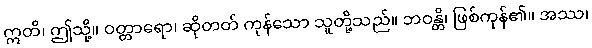
ဣတိ၊ ဤသို့။ ဝတ္တာရော၊ ဆိုတတ် ကုန်သော သူတို့သည်။ ဘဝန္တိ၊ ဖြစ်ကုန်၏။ အဿ၊